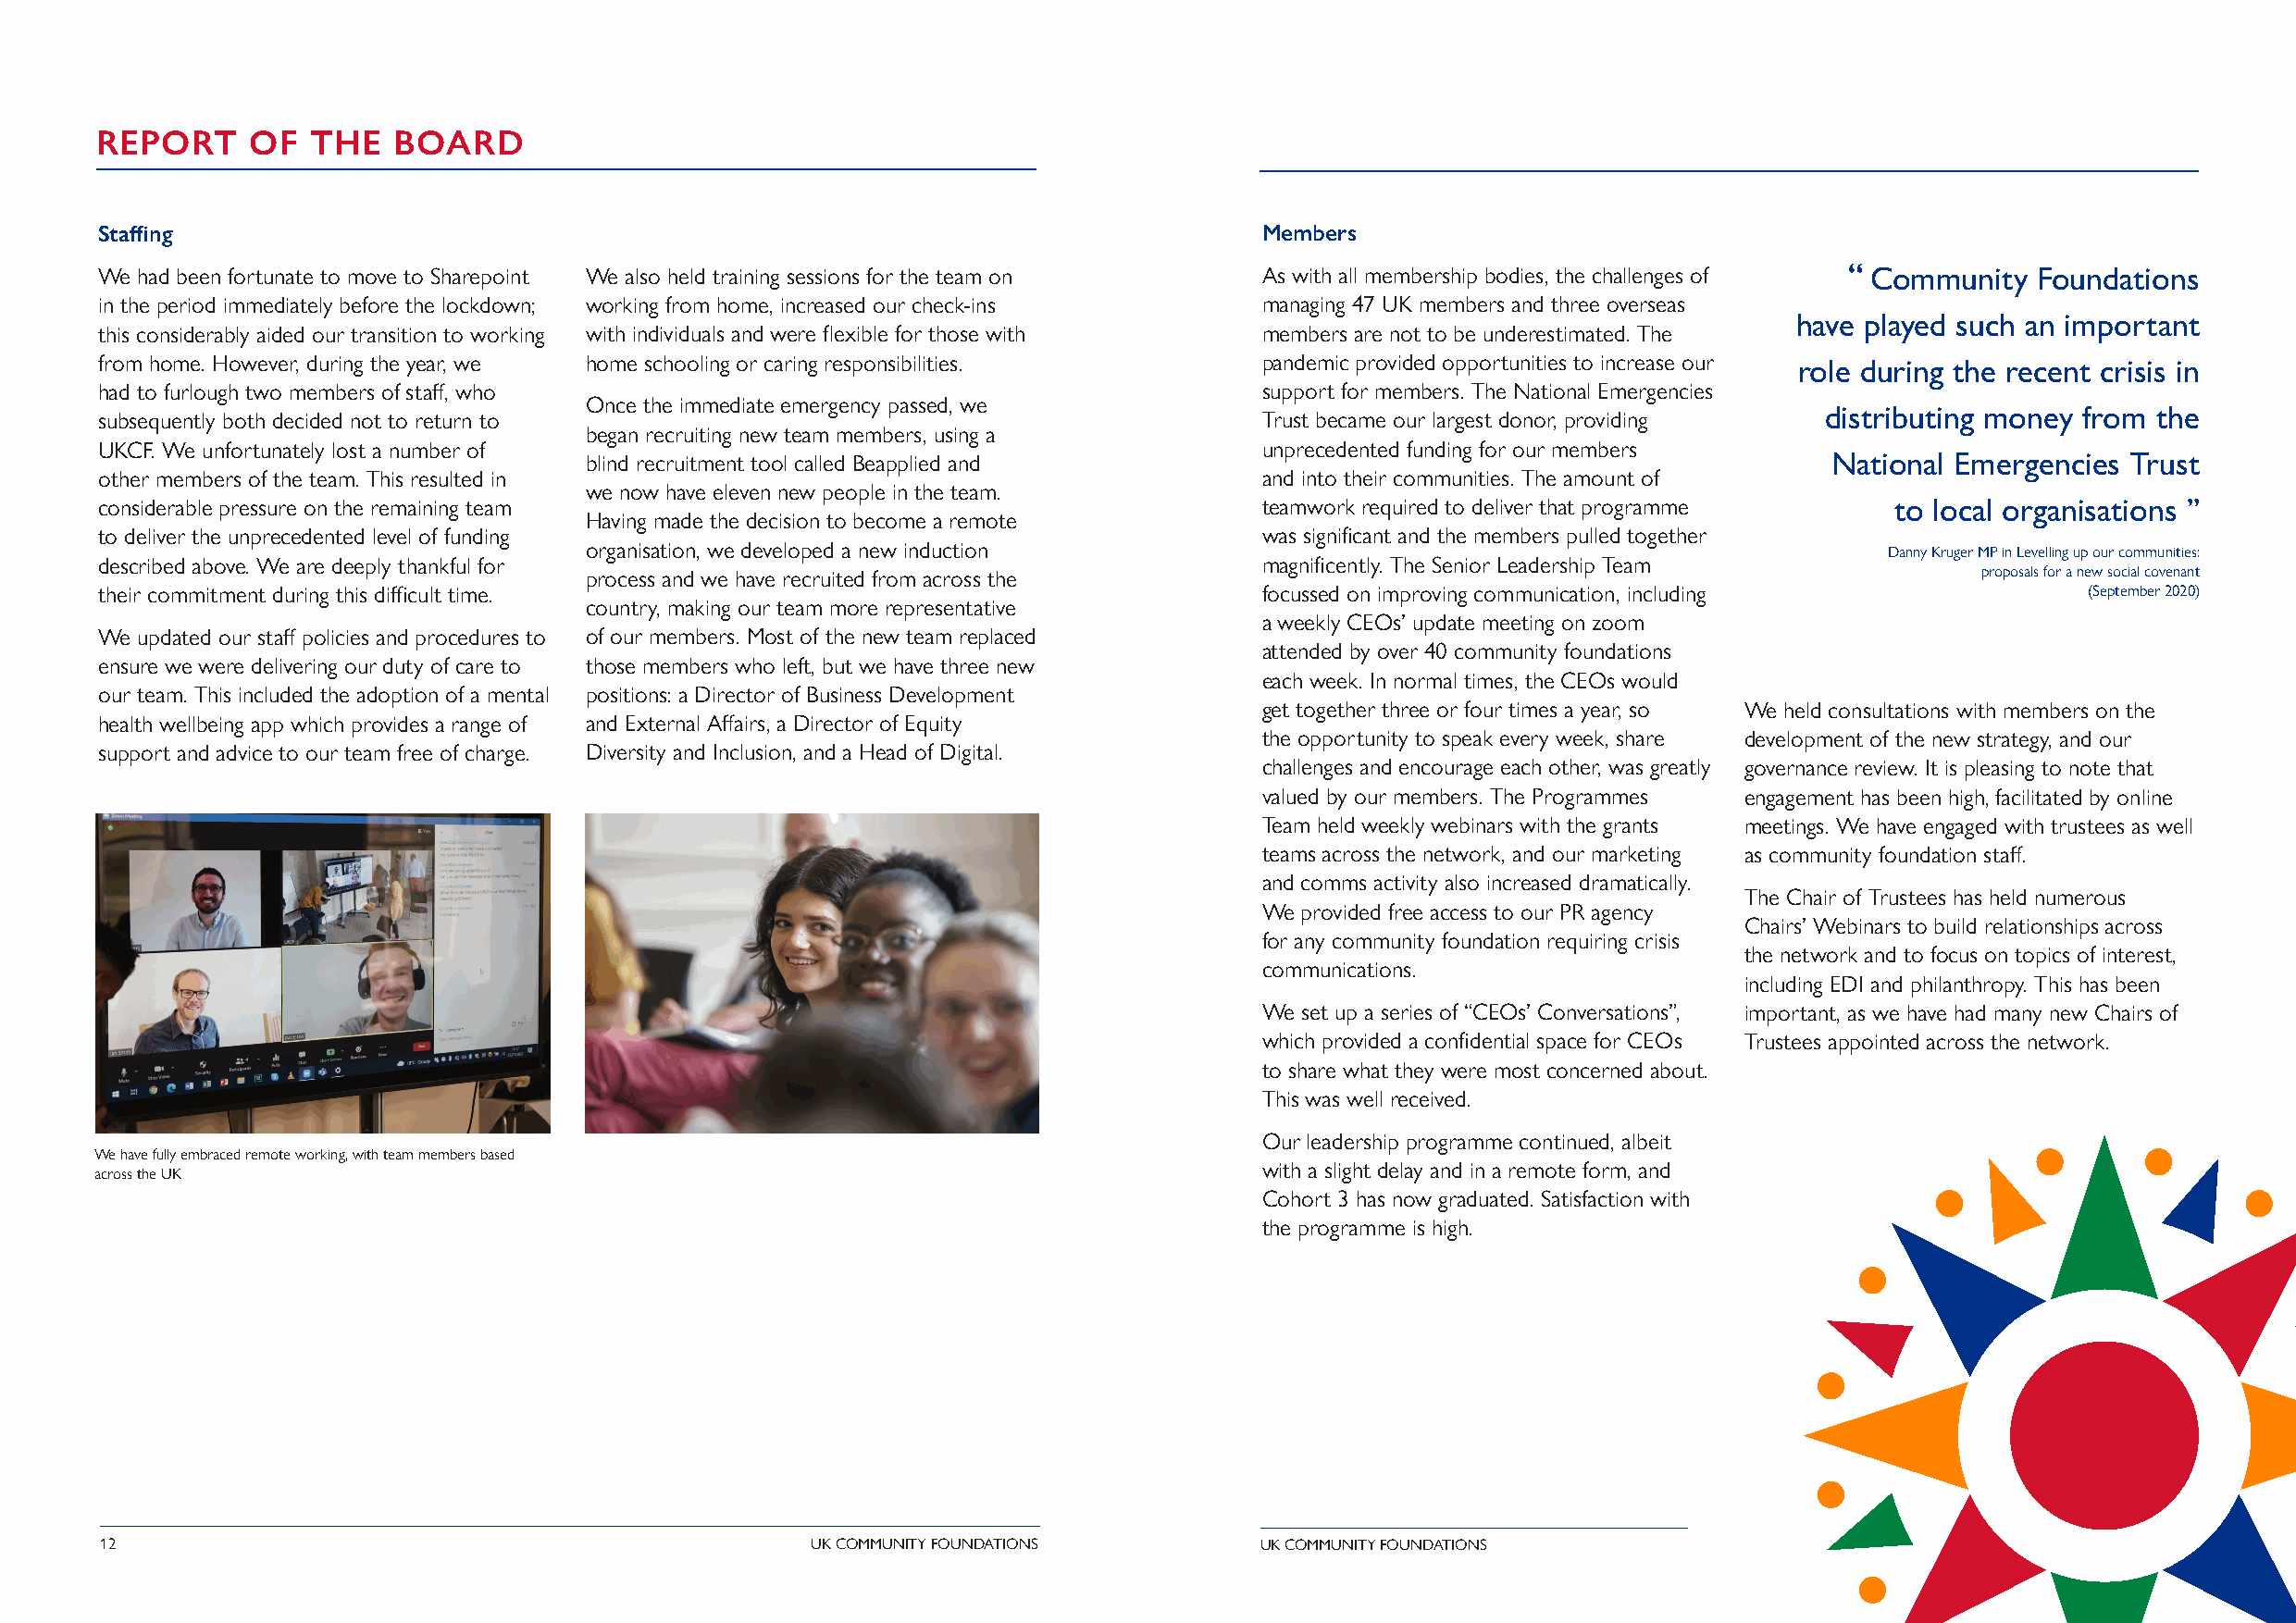
REPORT     OF  THE   BOARD
 Staffing                                                                           Members
 We had been fortunate to move to Sharepoint We also held training sessions for the team on As with all membership bodies, the challenges of “ Community Foundations
 in the period immediately before the lockdown; working from home, increased our check-ins managing 47 UK members and three overseas
 have played such an important
 this considerably aided our transition to working with individuals and were flexible for those with members are not to be underestimated. The
 from home. However, during the year, we home schooling or caring responsibilities. pandemic provided opportunities to increase our role during the recent crisis in
 had to furlough two members of staff, who                                          support for members. The National Emergencies
 Once the immediate emergency passed, we
 distributing money from the
 subsequently both decided not to return to                                         Trust became our largest donor, providing
 began recruiting new team members, using a
 UKCF. We unfortunately lost a number of                                            unprecedented funding for our members
 blind recruitment tool called Beapplied and                                              National Emergencies Trust
 other members of the team. This resulted in                                        and into their communities. The amount of
 we now have eleven new people in the team.
 considerable pressure on the remaining team                                        teamwork required to deliver that programme   to local organisations ”
 Having made the decision to become a remote
 to deliver the unprecedented level of funding                                      was significant and the members pulled together
 organisation, we developed a new induction                                                   Danny Kruger MP in Levelling up our communities:
 described above. We are deeply thankful for                                        magnificently. The Senior Leadership Team
 process and we have recruited from across the                                                       proposals for a new social covenant
 their commitment during this difficult time.                                       focussed on improving communication, including             (September 2020)
 country, making our team more representative
 a weekly CEOs’ update meeting on zoom
 We updated our staff policies and procedures to of our members. Most of the new team replaced
 attended by over 40 community foundations
 ensure we were delivering our duty of care to those members who left, but we have three new
 each week. In normal times, the CEOs would
 our team. This included the adoption of a mental positions: a Director of Business Development
 get together three or four times a year, so We held consultations with members on the
 health wellbeing app which provides a range of and External Affairs, a Director of Equity
 the opportunity to speak every week, share development of the new strategy, and our
 support and advice to our team free of charge. Diversity and Inclusion, and a Head of Digital.
 challenges and encourage each other, was greatly governance review. It is pleasing to note that
 valued by our members. The Programmes engagement has been high, facilitated by online
 Team held weekly webinars with the grants meetings. We have engaged with trustees as well
 teams across the network, and our marketing as community foundation staff.
 and comms activity also increased dramatically.
 The Chair of Trustees has held numerous
 We provided free access to our PR agency
 Chairs’ Webinars to build relationships across
 for any community foundation requiring crisis
 the network and to focus on topics of interest,
 communications.
 including EDI and philanthropy. This has been
 We set up a series of “CEOs’ Conversations”, important, as we have had many new Chairs of
 which provided a confidential space for CEOs Trustees appointed across the network.
 to share what they were most concerned about.
 This was well received.
 Our leadership programme continued, albeit
 We have fully embraced remote working, with team members based
 with a slight delay and in a remote form, and
 across the UK
 Cohort 3 has now graduated. Satisfaction with
 the programme is high.
 12                                                 UK COMMUNITY FOUNDATIONS        UK COMMUNITY FOUNDATIONS                                          13